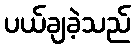
ပယ်ချခဲ့သည်